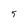
Character: 5